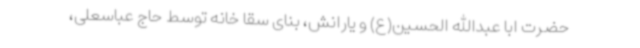
حضرت ابا عبدالله الحسین(ع) و یارانش، بنای سقا خانه توسط حاج عباسعلی،